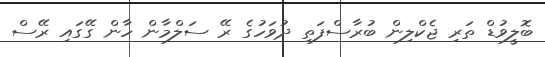
ބޮލީވުޑް ތަރި ޖެކްލިން ބުރާސްފަތި ދުވަހުގެ ރޭ ސަލްމާން ހާން ގޭގައި ރޭސް